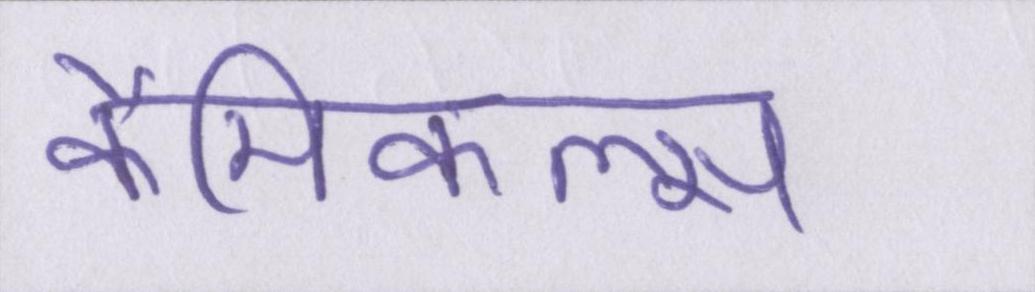
कैमिकल्स